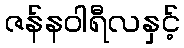
ဇန်နဝါရီလနှင့်